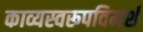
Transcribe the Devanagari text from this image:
काव्यस्वरूपविमर्श